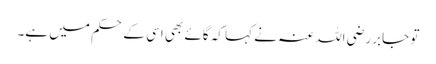
تو جابررضی اللہ عنہ نے کہا کہ گائے بھی اسی کے حکم میں ہے۔